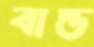
বান্ড